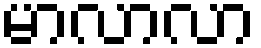
မာလာလာ